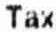
TAX